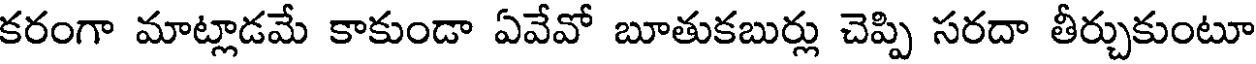
కరంగా మాట్లాడమే కాకుండా ఏవేవో బూతుకబుర్లు చెప్పి సరదా తీర్చుకుంటూ